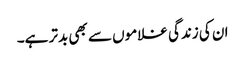
ان کی زندگی غلاموں سے بھی بدتر ہے۔